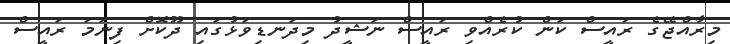
މިރާއްޖޭގެ ރައީސް ކަން ކުރެއްވި ރައީސް ނަޝީދު މިދަނޑިވަޅުގައި ދޫކޮށް ފިނަމަ ރައީސް